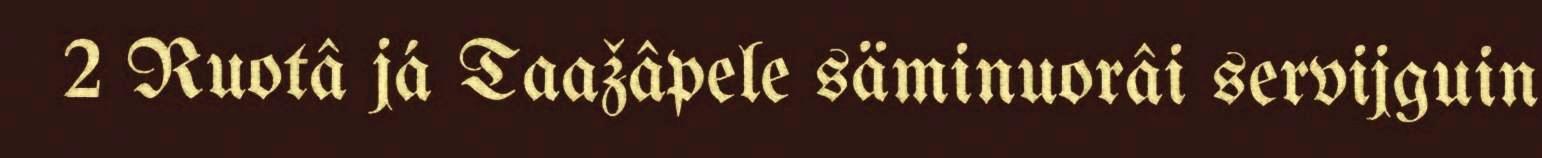
2 Ruotâ já Taažâpele säminuorâi servijguin